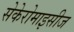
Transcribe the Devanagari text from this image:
सेकेरोमाइसीज